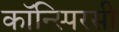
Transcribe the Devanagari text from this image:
कॉन्स्पिरसी